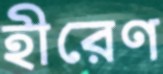
হীরেণ